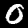
Label: 0